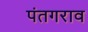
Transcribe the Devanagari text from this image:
पंतगराव